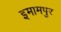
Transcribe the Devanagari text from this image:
इमामपुर